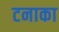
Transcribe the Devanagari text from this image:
टनाका